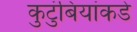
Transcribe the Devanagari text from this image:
कुटुंबियांकडे